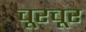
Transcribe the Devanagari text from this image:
चूरचूर